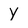
Character: Y